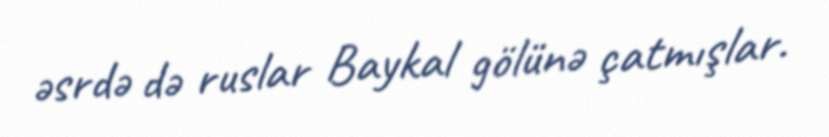
əsrdə də ruslar Baykal gölünə çatmışlar.